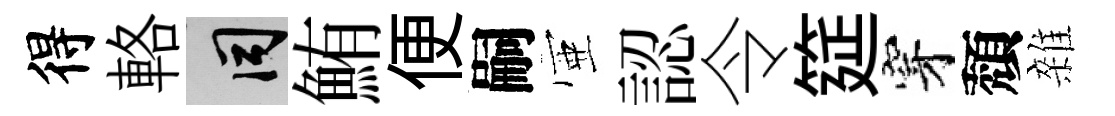
得輅间鮪便嗣壺認令筵穿頽雜